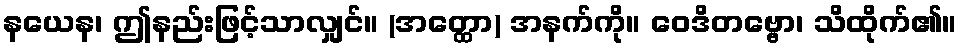
နယေန၊ ဤနည်းဖြင့်သာလျှင်။ (အတ္ထော) အနက်ကို။ ဝေဒိတဗ္ဗော၊ သိထိုက်၏။